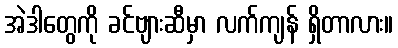
အဲဒါတွေကို ခင်ဗျားဆီမှာ လက်ကျန် ရှိတာလား။